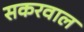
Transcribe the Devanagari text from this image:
सकरवाल